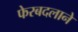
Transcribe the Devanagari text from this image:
फेरबदलाने